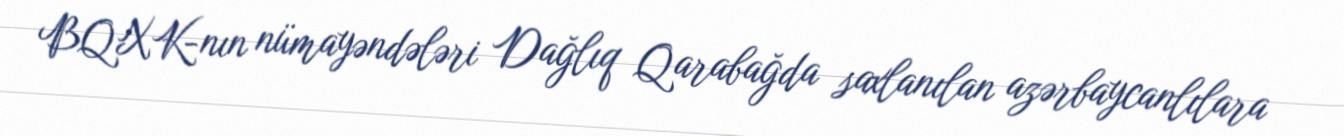
BQXK-nın nümayəndələri Dağlıq Qarabağda saxlanılan azərbaycanlılara